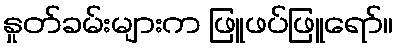
နှုတ်ခမ်းများက ဖြူဖပ်ဖြူရော်။